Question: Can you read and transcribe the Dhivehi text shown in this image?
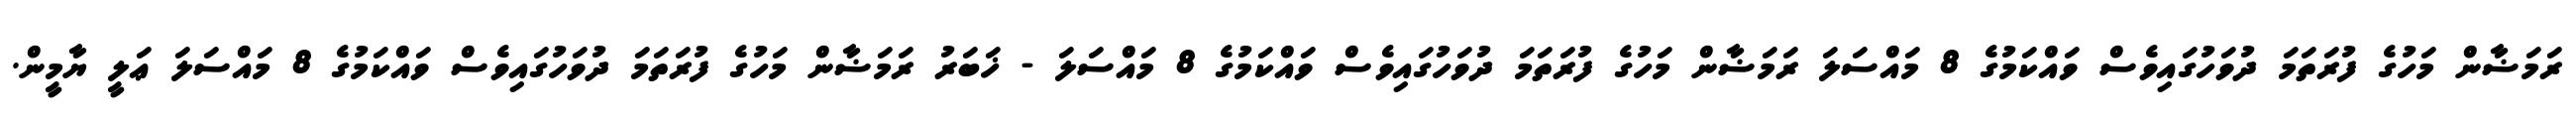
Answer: ރަމަޟާން މަހުގެ ފުރަތަމަ ދުވަހުގައިވެސް ވައްކަމުގެ 8 މައްސަލަ ރަމަޟާން މަހުގެ ފުރަތަމަ ދުވަހުގައިވެސް ވައްކަމުގެ 8 މައްސަލަ - ޚަބަރު ރަމަޟާން މަހުގެ ފުރަތަމަ ދުވަހުގައިވެސް ވައްކަމުގެ 8 މައްސަލަ ޢަލީ ޔާމީން.